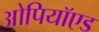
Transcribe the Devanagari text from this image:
ओपियॉएड